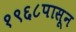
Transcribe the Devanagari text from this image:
१९६८पासून